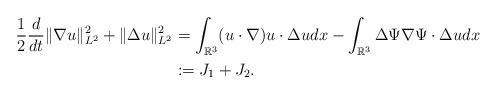
LaTeX: \begin{align*} \frac{1}{2}\frac{d}{dt}\|\nabla u\|_{L^{2}}^{2}+\|\Delta u\|_{L^{2}}^{2}&=\int_{\mathbb{R}^{3}}(u\cdot\nabla) u\cdot \Delta u dx-\int_{\mathbb{R}^{3}}\Delta\Psi\nabla \Psi\cdot\Delta u dx\\ &:=J_{1}+J_{2}.\end{align*}